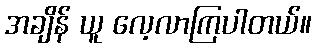
အချိန် ယူ လေ့လာကြပါတယ်။